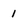
Character: 1